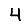
Digit: 4